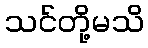
သင်တို့မသိ